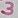
Text: 3